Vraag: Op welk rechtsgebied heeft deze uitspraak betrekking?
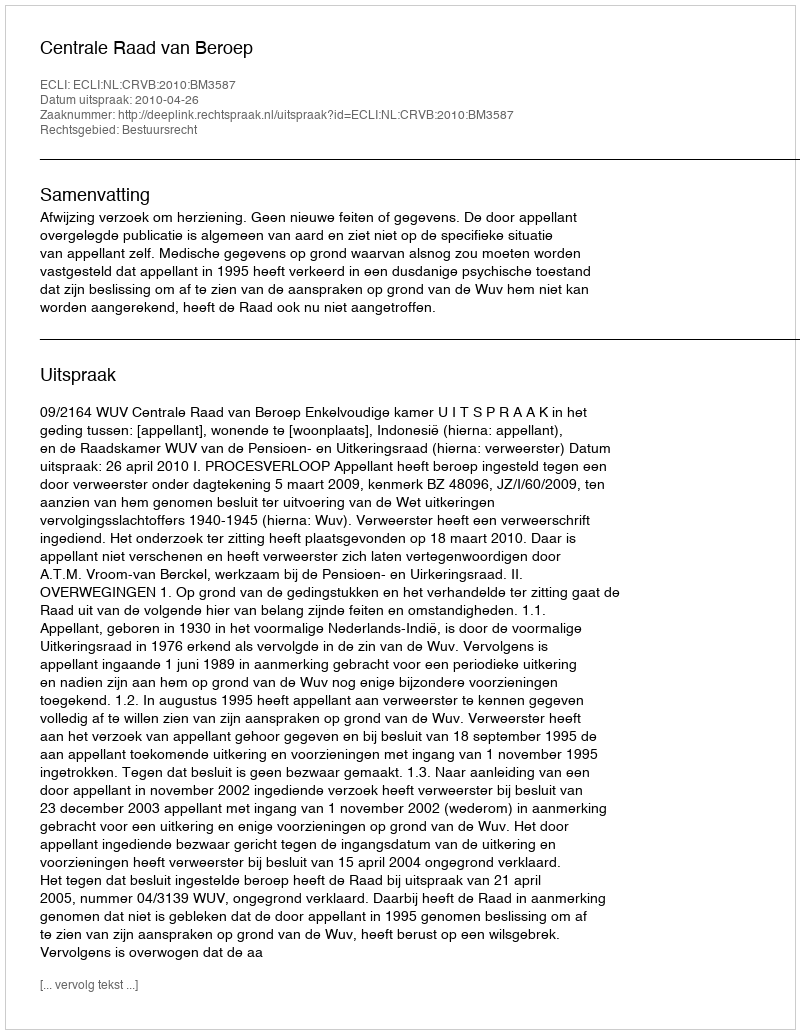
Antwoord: Bestuursrecht